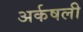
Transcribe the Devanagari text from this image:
अर्कषली